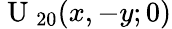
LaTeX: \mathrm{~U~}_{20}(x,-y;0)